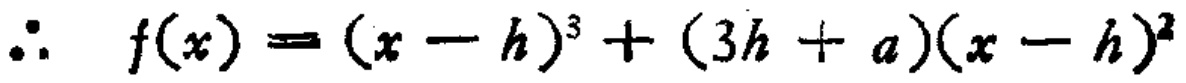
\(\therefore f(x)=(x - h)^{3}+(3h + a)(x - h)^{2}\)